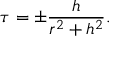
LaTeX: \tau = \pm { \frac { h } { r ^ { 2 } + h ^ { 2 } } } .